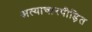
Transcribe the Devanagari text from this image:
अत्याचारपीड़ित